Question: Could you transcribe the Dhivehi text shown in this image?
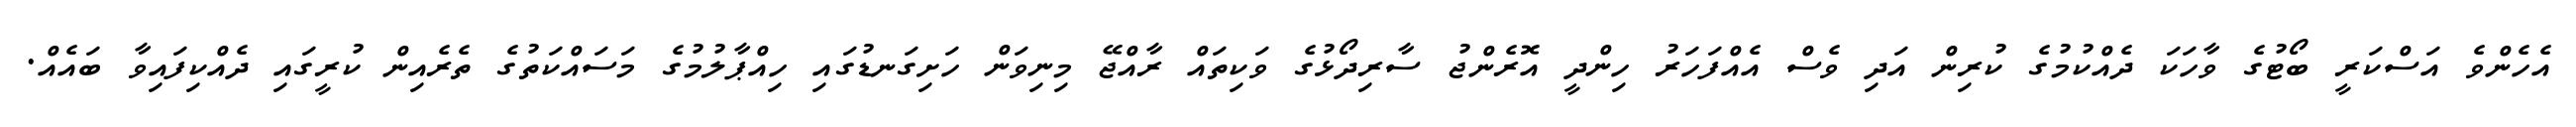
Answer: އެހެންވެ އަސްކަރީ ބޯޓުގެ ވާހަކަ ދެއްކުމުގެ ކުރިން އަދި ވެސް އެއްފަހަރު ހިންދީ އޮރެންޖު ސާރިދޯޅުގެ ވަކިތައް ރާއްޖޭ މިނިވަން ހަށިގަނޑުގައި ހިއްޕާލުމުގެ މަސައްކަތުގެ ތެރެއިން ކުރީގައި ދެއްކިފައިވާ ބައެއް.